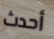
أحدث